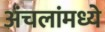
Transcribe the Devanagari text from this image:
अंचलांमध्ये